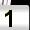
Digit: 1